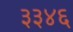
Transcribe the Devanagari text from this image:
३३४६